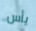
يأس